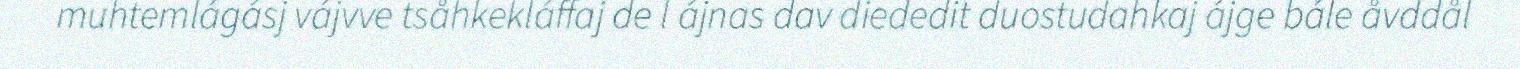
muhtemlágásj vájvve tsåhkekláffaj de l ájnas dav diededit duostudahkaj ájge bále åvddål